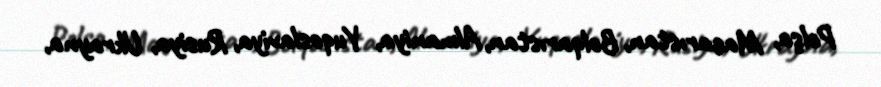
Polşa, Macarıstan, Bolqarıstan, Almaniya, Yuqoslaviya, Rusiya, Ukrayna,